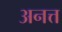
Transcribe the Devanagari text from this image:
अनत्त